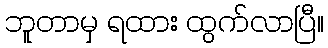
ဘူတာမှ ရထား ထွက်လာပြီ။